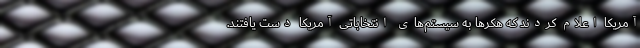
آمریکا اعلام کردند که هکرها به سیستم‌های انتخاباتی آمریکا دست یافتند.